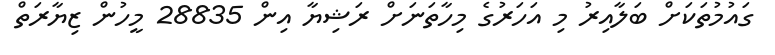
ގައުމުތަކަށް ބަލާއިރު މި އަހަރުގެ މިހާތަނަށް ރަޝިޔާ އިން 28835 މީހުން ޒިޔާރަތް